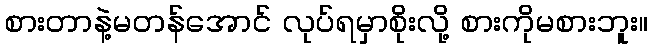
စားတာနဲ့မတန်အောင် လုပ်ရမှာစိုးလို့ စားကိုမစားဘူး။